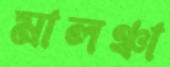
মালঞ্চা